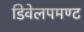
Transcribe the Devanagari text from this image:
डिवेलपमण्ट